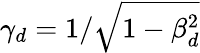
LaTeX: \gamma_{d}=1/\sqrt{1-\beta_{d}^{2}}